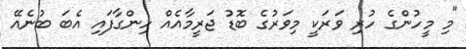
"މި މީހުންގެ ހުރި ވަރަކީ މިވަރުގެ ބޮޑު ޖަރީމާއެއް ހިންގާފައި އެބަ ބުނެއޭ